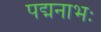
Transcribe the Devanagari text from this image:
पद्मनाभः